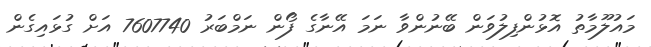
މައުލޫމާތު އޮޅުންފިލުވަން ބޭނުންވާ ނަމަ އޭނާގެ ފޯން ނަމްބަރު 7607740 އަށް ގުޅައިގެން